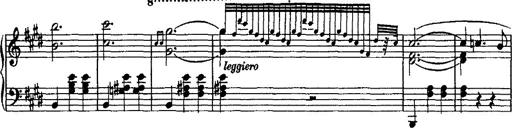
Title: Valse mÃ©lancolique
Composer: Paul Vidal
Key: F-sharp minor